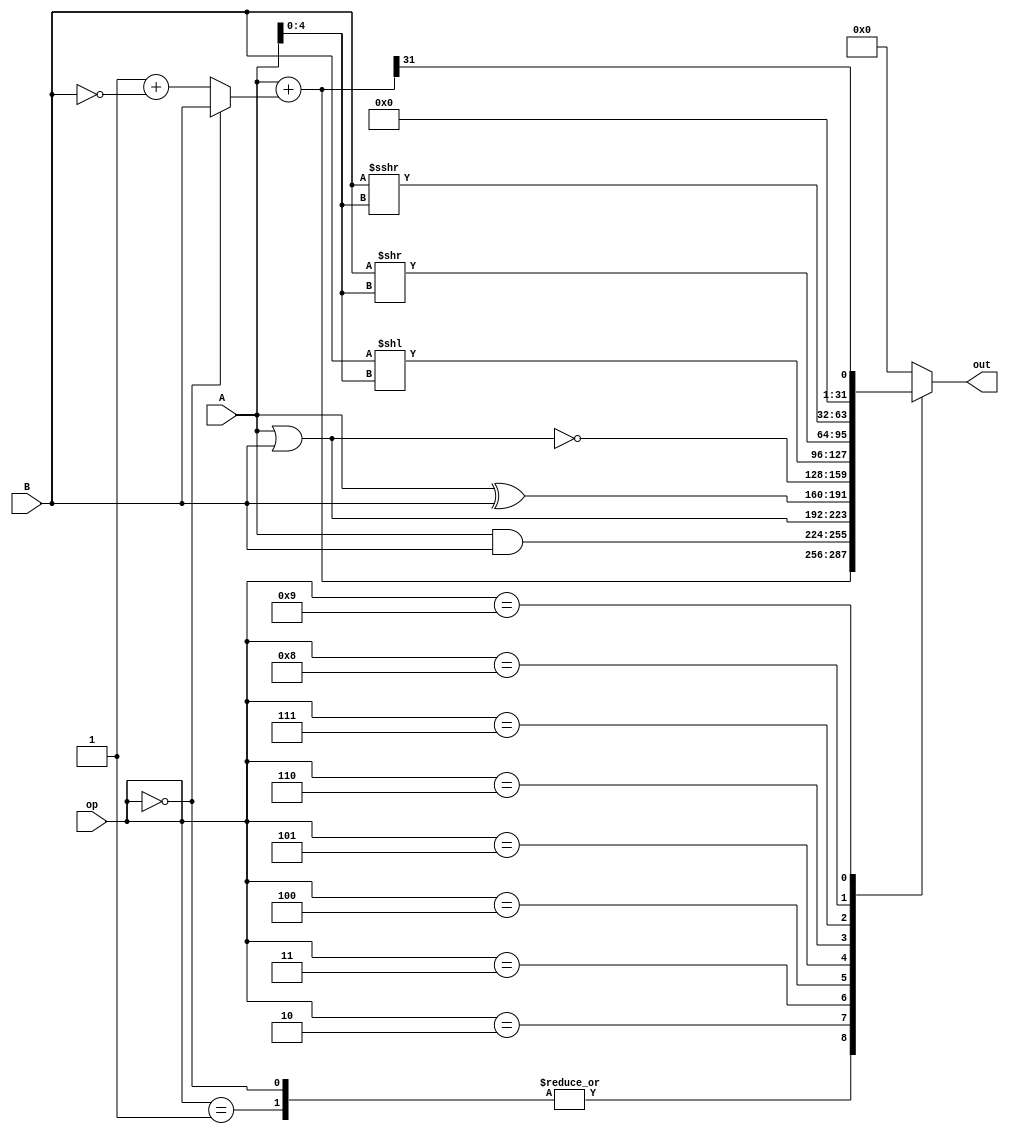
/*
    Module:         ALU
    Author:         Victor Huang
    Description:
        An arithmetic logic unit that supports:
            1.  Addition
            2.  Subtraction
            3.  AND
            4.  OR
            5.  XOR
            6.  NOR
            7.  SLL
            8.  SRL
            9.  SRA
            10. SLT
*/

module ALU(
    op,
    A,
    B,
    out
);
    input   [3:0] op;
    input  [31:0] A;
    input  [31:0] B;
    output [31:0] out;

    reg  [31:0] out;
    wire [31:0] add_sub;
    wire [31:0] B_neg;
    wire  [4:0] shamt;

    assign B_neg = 1 + ~B;
    assign add_sub = A + ((op==4'b0) ? B : B_neg);
    assign shamt = A[4:0];

    always @ (*) begin
        case (op)
          4'd0: out = add_sub;              // ADD
          4'd1: out = add_sub;              // SUB
          4'd2: out = A & B;                // AND
          4'd3: out = A | B;                // OR
          4'd4: out = A ^ B;                // XOR
          4'd5: out = ~(A | B);             // NOR
          4'd6: out = B << shamt;           // SLL
          4'd7: out = B >> shamt;           // SRL
          4'd8: out = $signed(B) >>> shamt; // SRA 
          4'd9: out = {31'b0, add_sub[31]}; // SLT
          default: out = 32'b0;
        endcase
    end
endmodule